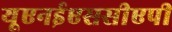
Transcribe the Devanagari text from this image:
यूएनईएससीएपी